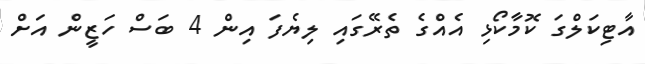
އާޓިކަލްގަ ކޮމާކޯޅި އެއްގެ ތެރޭގައި ލިޔެފަ އިން 4 ބަސް ހަޒީން އަށް